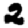
Digit: 2